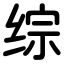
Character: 综